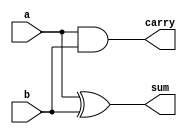
`timescale 1ns / 1ps
//////////////////////////////////////////////////////////////////////////////////
// Company: 
// Engineer: 
// 
// Design Name: 
// Module Name: halfadder
// Project Name: 
// Target Devices: 
// Tool Versions: 
// Description: 
// 
// Dependencies: 
// 
// Revision:
// Revision 0.01 - File Created
// Additional Comments:
// 
//////////////////////////////////////////////////////////////////////////////////


module halfadder(
    input a,
    input b,
    output sum,
    output carry
    );
    assign sum=a^b;
    assign carry=a&b;
endmodule